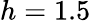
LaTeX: h=1.5